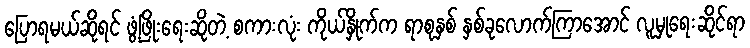
ပြောရမယ်ဆိုရင် ဖွံ့ဖြိုးရေးဆိုတဲ့ စကားလုံး ကိုယ်နှိုက်က ရာစုနှစ် နှစ်ခုလောက်ကြာအောင် လူမှုရေးဆိုင်ရာ